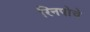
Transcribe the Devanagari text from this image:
रिनपोचे